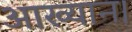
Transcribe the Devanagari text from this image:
आख्यान।